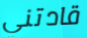
قادتني